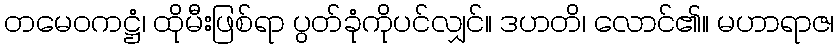
တမေဝကဋ္ဌံ၊ ထိုမီးဖြစ်ရာ ပွတ်ခုံကိုပင်လျှင်။ ဒဟတိ၊ လောင်၏။ မဟာရာဇ၊